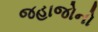
જહાજોનો